Civil Veterinary Dept. Assam report 1911-1927 - 1911-1927
Year: 1911
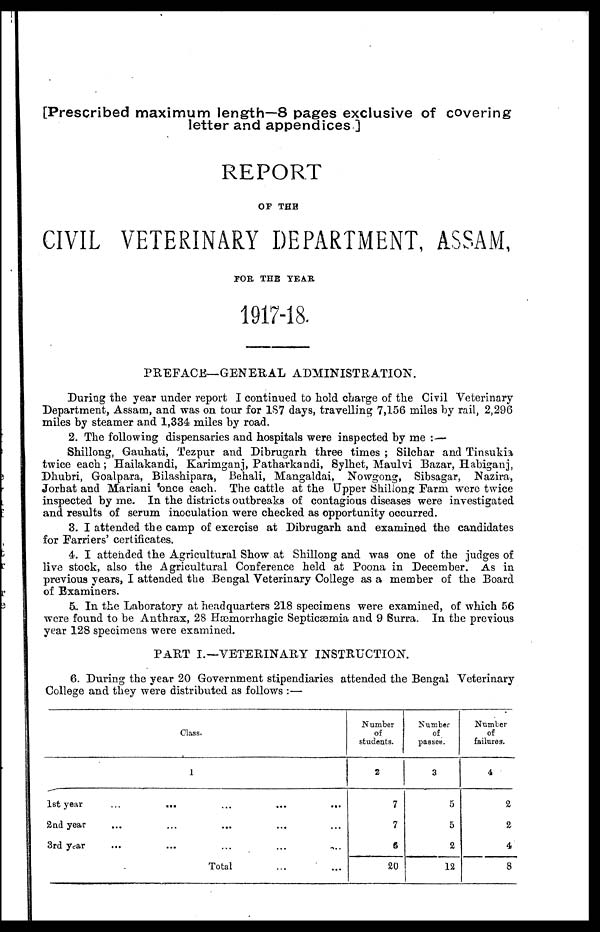
[Prescribed maximum length—8 pages exclusive of covering
letter and appendices ]
REPORT
OF THE
CIVIL VETERINARY DEPARTMENT, ASSAM,
FOR. THE YEAR
1917-18.
PREFACE—GENERAL ADMINISTRATION.
During the year under report I continued to hold charge of the Civil Veterinary
Department, Assam, and was on tour for 187 days, travelling 7,156 miles by rail, 2,296
miles by steamer and 1,334 miles by road.
2. The following dispensaries and hospitals were inspected by me :—
Shillong, Gauhati, Tezpur and Dibrugarh three times ; Silchar and Tinsukia,
twice each; Hailakandi, Karimganj, Patharkandi, Sylhet, Maulvi Bazar, Habiganj,
Dhubri, Goalpara, Bilashipara, Behali, Mangaldai, Nowgong, Sibsagar, Nazira,
Jorhat and Mariani 'once each. The cattle at the Upper Shillong Farm were twice
inspected by me. In the districts outbreaks of contagious diseases were investigated
and results of serum inoculation were checked as opportunity occurred.
3. I attended the camp of exercise at Dibrugarh and examined the candidates
for Farriers' certificates.
4. I attended the Agricultural Show at Shillong and was one of the judges of
live stock, also the Agricultural Conference held at Poona in December. As in
previous years, I attended the Bengal Veterinary College as a member of the Board
of Examiners.
5. In the Laboratory at headquarters 218 specimens were examined, of which 56
were found to be Anthrax, 28 Hæmorrhagic Septicæmia and 9 Surra. In the previous
year 128 specimens were examined.
PART I.—VETERINARY INSTRUCTION.
6. During the year 20 Government stipendiaries attended the Bengal Veterinary
College and they were distributed as follows :—
Class.
1
1st year
...
...
...
...
...
2nd year
3rd year ... ... ... ...
Total
Number
of
students.
2
7
7
6
20
Number
of
passea.
3
5
5
2
12
Number
of
failures.
4
2
2
4
8